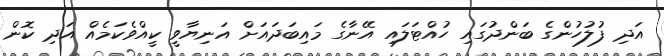
އަދި ފުލުހުންގެ ބަންދުގައި ހުއްޓަލައި އޭނާގެ މައިބަދައަށް އަނިޔާވީ ކީއްވެކަމެއް އަދި ކޮން